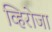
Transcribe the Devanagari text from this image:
व्हिरोजा